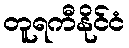
တူရကီနိုင်ငံ